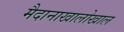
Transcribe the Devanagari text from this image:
मैदानाखालोखाल